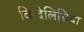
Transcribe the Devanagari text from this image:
विन्देलिसिया